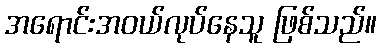
အရောင်းအဝယ်လုပ်နေသူ ဖြစ်သည်။